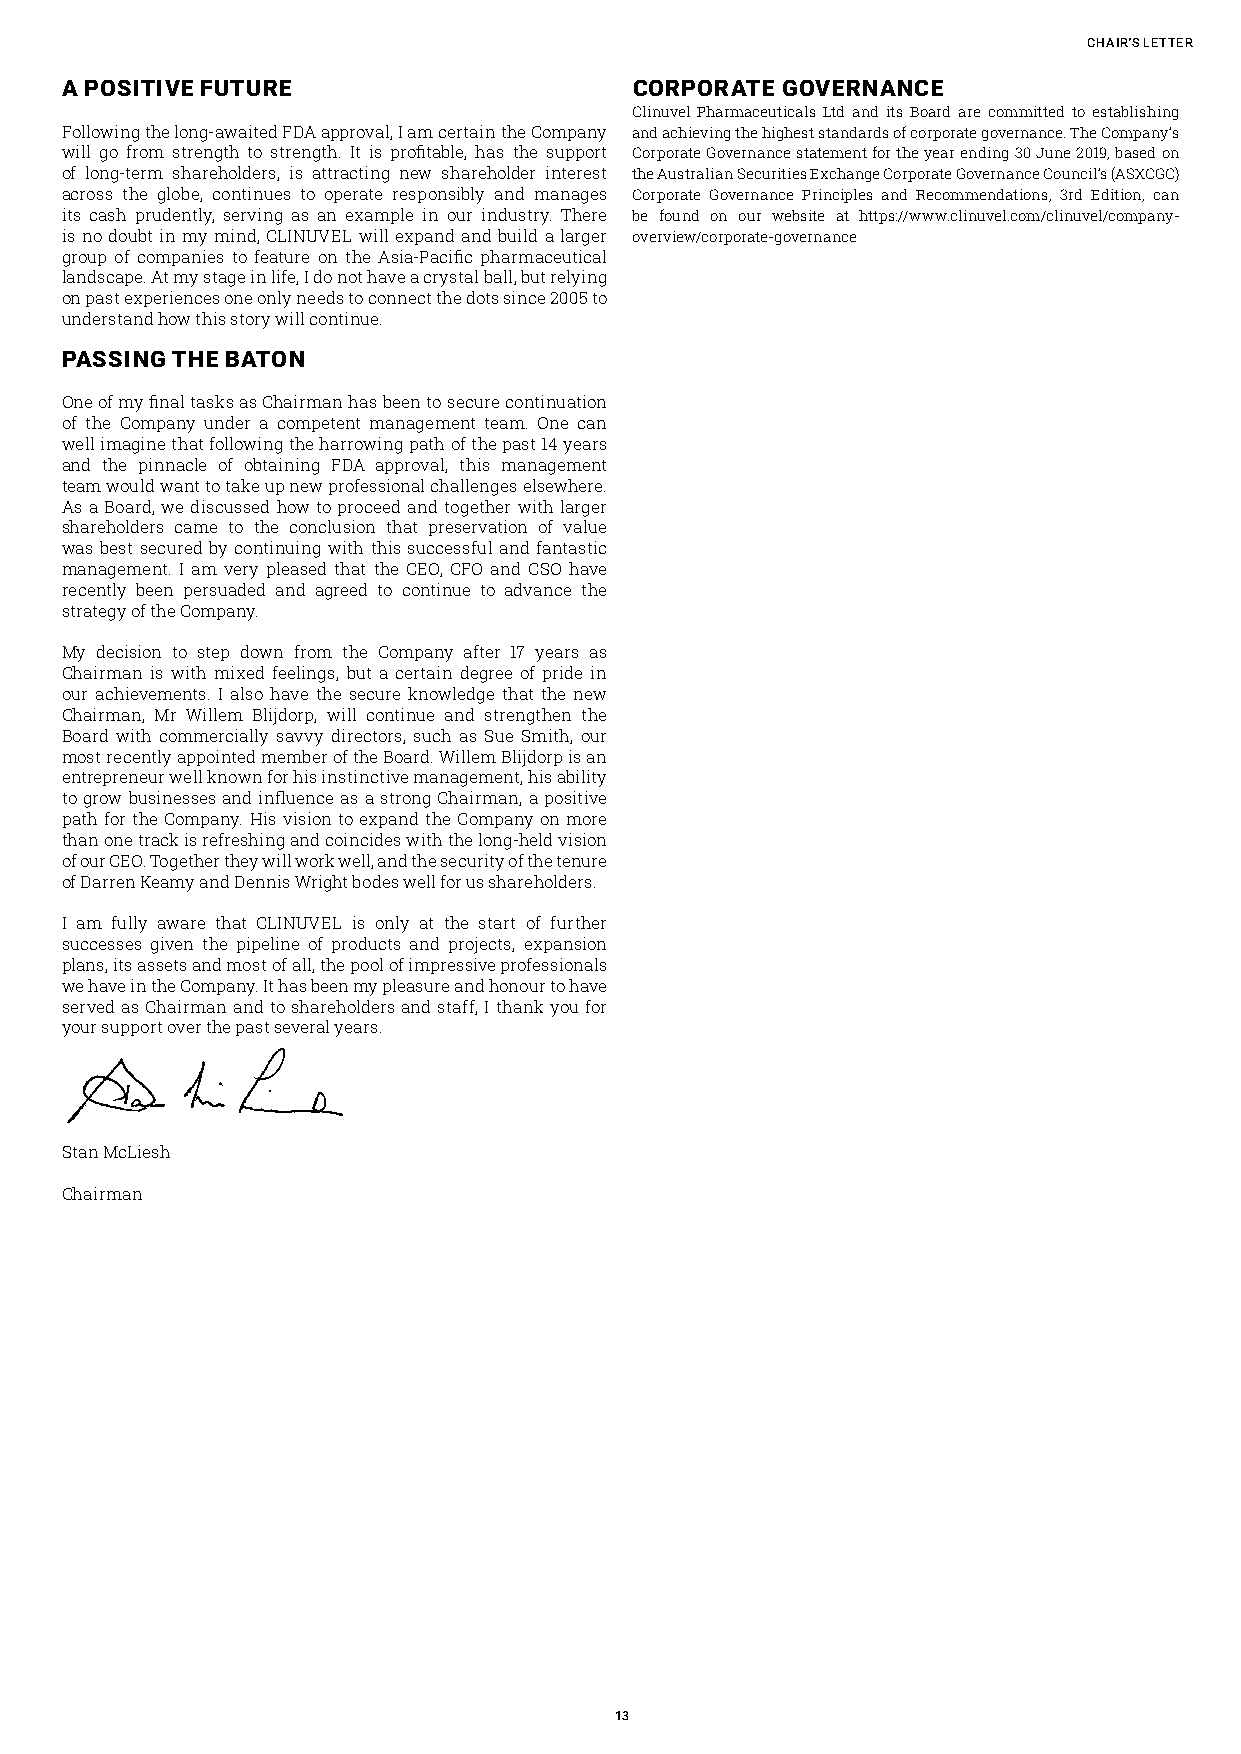
Chair's LEttEr
 A POSITIVE FUTURE                     CORPORATE GOVERNANCE
 Clinuvel Pharmaceuticals Ltd and its Board are committed to establishing
 Following the long-awaited FDA approval, I am certain the Company and achieving the highest standards of corporate governance. The Company’s
 will go from strength to strength. It is profitable, has the support Corporate Governance statement for the year ending 30 June 2019, based on
 of long-term shareholders, is attracting new shareholder interest the Australian Securities Exchange Corporate Governance Council’s (ASXCGC)
 across the globe, continues to operate responsibly and manages Corporate Governance Principles and Recommendations, 3rd Edition, can
 its cash prudently, serving as an example in our industry. There be found on our website at https://www.clinuvel.com/clinuvel/company-
 is no doubt in my mind, CLINUVEL will expand and build a larger overview/corporate-governance
 group of companies to feature on the Asia-Pacific pharmaceutical
 landscape. At my stage in life, I do not have a crystal ball, but relying
 on past experiences one only needs to connect the dots since 2005 to
 understand how this story will continue.
 PASSING THE BATON
 One of my final tasks as Chairman has been to secure continuation
 of the Company under a competent management team. One can
 well imagine that following the harrowing path of the past 14 years
 and the pinnacle of obtaining FDA approval, this management
 team would want to take up new professional challenges elsewhere.
 As a Board, we discussed how to proceed and together with larger
 shareholders came to the conclusion that preservation of value
 was best secured by continuing with this successful and fantastic
 management. I am very pleased that the CEO, CFO and CSO have
 recently been persuaded and agreed to continue to advance the
 strategy of the Company.
 My decision to step down from the Company after 17 years as
 Chairman is with mixed feelings, but a certain degree of pride in
 our achievements. I also have the secure knowledge that the new
 Chairman, Mr Willem Blijdorp, will continue and strengthen the
 Board with commercially savvy directors, such as Sue Smith, our
 most recently appointed member of the Board. Willem Blijdorp is an
 entrepreneur well known for his instinctive management, his ability
 to grow businesses and influence as a strong Chairman, a positive
 path for the Company. His vision to expand the Company on more
 than one track is refreshing and coincides with the long-held vision
 of our CEO. Together they will work well, and the security of the tenure
 of Darren Keamy and Dennis Wright bodes well for us shareholders.
 I am fully aware that CLINUVEL is only at the start of further
 successes given the pipeline of products and projects, expansion
 plans, its assets and most of all, the pool of impressive professionals
 we have in the Company. It has been my pleasure and honour to have
 served as Chairman and to shareholders and staff, I thank you for
 your support over the past several years.
 Stan McLiesh
 Chairman
 13